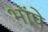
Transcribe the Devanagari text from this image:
भांपे